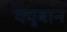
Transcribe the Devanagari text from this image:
क्यूबान